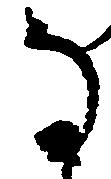
な